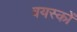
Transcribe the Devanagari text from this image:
वयस्‍कों